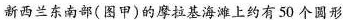
新西兰东南部(图甲)的摩拉基海上的有50个圆形